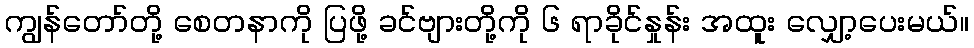
ကျွန်တော်တို့ စေတနာကို ပြဖို့ ခင်ဗျားတို့ကို ၆ ရာခိုင်နှုန်း အထူး လျှော့ပေးမယ်။